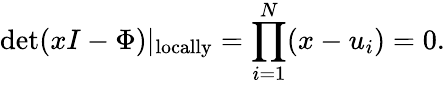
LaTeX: \operatorname*{det}(xI-\Phi)|_{\mathrm{locally}}=\prod_{i=1}^{N}(x-u_{i})=0.